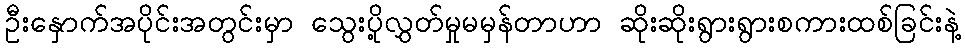
ဦးနှောက်အပိုင်းအတွင်းမှာ သွေးပို့လွှတ်မှုမမှန်တာဟာ ဆိုးဆိုးရွားရွားစကားထစ်ခြင်းနဲ့